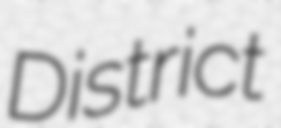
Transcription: District